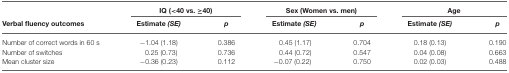
|  | <COLSPAN=2> IQ (<40 vs. ≥40) | <COLSPAN=2> Sex (Women vs. men) | <COLSPAN=2> Age |
 | Verbal fluency outcomes | Estimate (SE) | p | Estimate (SE) | p | Estimate (SE) | p |
 | --- | --- | --- | --- | --- | --- | --- |
 | Number of correct words in 60 s | −1.04 (1.18) | 0.386 | 0.45 (1.17) | 0.704 | 0.18 (0.13) | 0.190 |
 | Number of switches | 0.25 (0.73) | 0.736 | 0.44 (0.72) | 0.547 | 0.04 (0.08) | 0.663 |
 | Mean cluster size | −0.36 (0.23) | 0.112 | −0.07 (0.22) | 0.750 | 0.02 (0.03) | 0.488 |